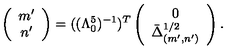
\left( \begin{array} { c } { m ^ { \prime } } \\ { n ^ { \prime } } \\ \end{array} \right) = ( ( \Lambda _ { 0 } ^ { 5 } ) ^ { - 1 } ) ^ { T } \left( \begin{array} { c } { 0 } \\ { \bar { \Delta } _ { ( m ^ { \prime } , n ^ { \prime } ) } ^ { 1 / 2 } } \\ \end{array} \right) .